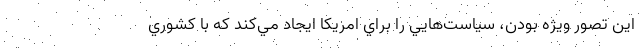
اين تصور ويژه بودن، سياست‌هايي را براي امريكا ايجاد مي‌كند كه با كشوري